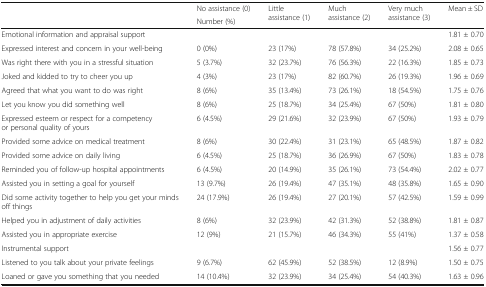
<table><thead><tr><td rowspan="2"></td><td><b>No assistance (0)</b></td><td rowspan="2"><b>Little assistance (1)</b></td><td rowspan="2"><b>Much assistance (2)</b></td><td rowspan="2"><b>Very much assistance (3)</b></td><td rowspan="2"><b>Mean ± SD</b></td></tr><tr><td><b>Number (%)</b></td></tr></thead><tbody><tr><td>Emotional information and appraisal support</td><td></td><td></td><td></td><td></td><td>1.81 ± 0.70</td></tr><tr><td>Expressed interest and concern in your well-being</td><td>0 (0%)</td><td>23 (17%)</td><td>78 (57.8%)</td><td>34 (25.2%)</td><td>2.08 ± 0.65</td></tr><tr><td>Was right there with you in a stressful situation</td><td>5 (3.7%)</td><td>32 (23.7%)</td><td>76 (56.3%)</td><td>22 (16.3%)</td><td>1.85 ± 0.73</td></tr><tr><td>Joked and kidded to try to cheer you up</td><td>4 (3%)</td><td>23 (17%)</td><td>82 (60.7%)</td><td>26 (19.3%)</td><td>1.96 ± 0.69</td></tr><tr><td>Agreed that what you want to do was right</td><td>8 (6%)</td><td>35 (13.4%)</td><td>73 (26.1%)</td><td>18 (54.5%)</td><td>1.75 ± 0.76</td></tr><tr><td>Let you know you did something well</td><td>8 (6%)</td><td>25 (18.7%)</td><td>34 (25.4%)</td><td>67 (50%)</td><td>1.81 ± 0.80</td></tr><tr><td>Expressed esteem or respect for a competency or personal quality of yours</td><td>6 (4.5%)</td><td>29 (21.6%)</td><td>32 (23.9%)</td><td>67 (50%)</td><td>1.93 ± 0.79</td></tr><tr><td>Provided some advice on medical treatment</td><td>8 (6%)</td><td>30 (22.4%)</td><td>31 (23.1%)</td><td>65 (48.5%)</td><td>1.87 ± 0.82</td></tr><tr><td>Provided some advice on daily living</td><td>6 (4.5%)</td><td>25 (18.7%)</td><td>36 (26.9%)</td><td>67 (50%)</td><td>1.83 ± 0.78</td></tr><tr><td>Reminded you of follow-up hospital appointments</td><td>6 (4.5%)</td><td>20 (14.9%)</td><td>35 (26.1%)</td><td>73 (54.4%)</td><td>2.02 ± 0.77</td></tr><tr><td>Assisted you in setting a goal for yourself</td><td>13 (9.7%)</td><td>26 (19.4%)</td><td>47 (35.1%)</td><td>48 (35.8%)</td><td>1.65 ± 0.90</td></tr><tr><td>Did some activity together to help you get your minds off things</td><td>24 (17.9%)</td><td>26 (19.4%)</td><td>27 (20.1%)</td><td>57 (42.5%)</td><td>1.59 ± 0.99</td></tr><tr><td>Helped you in adjustment of daily activities</td><td>8 (6%)</td><td>32 (23.9%)</td><td>42 (31.3%)</td><td>52 (38.8%)</td><td>1.81 ± 0.87</td></tr><tr><td>Assisted you in appropriate exercise</td><td>12 (9%)</td><td>21 (15.7%)</td><td>46 (34.3%)</td><td>55 (41%)</td><td>1.37 ± 0.58</td></tr><tr><td>Instrumental support</td><td></td><td></td><td></td><td></td><td>1.56 ± 0.77</td></tr><tr><td>Listened to you talk about your private feelings</td><td>9 (6.7%)</td><td>62 (45.9%)</td><td>52 (38.5%)</td><td>12 (8.9%)</td><td>1.50 ± 0.75</td></tr><tr><td>Loaned or gave you something that you needed</td><td>14 (10.4%)</td><td>32 (23.9%)</td><td>34 (25.4%)</td><td>54 (40.3%)</td><td>1.63 ± 0.96</td></tr></tbody></table>